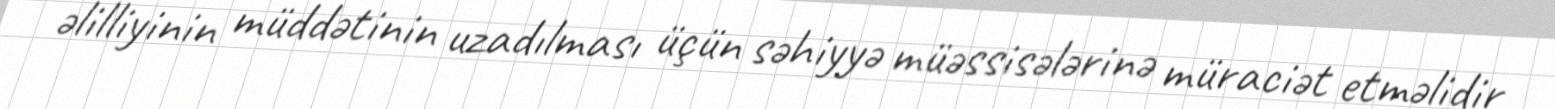
əlilliyinin müddətinin uzadılması üçün səhiyyə müəssisələrinə müraciət etməlidir